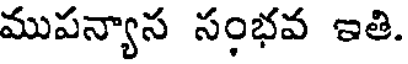
ముపన్యాస సంభవ ఇతి.